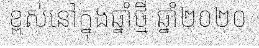
ខ្ពស់នៅក្នុងឆ្នាំថ្មី ឆ្នាំ២០២០